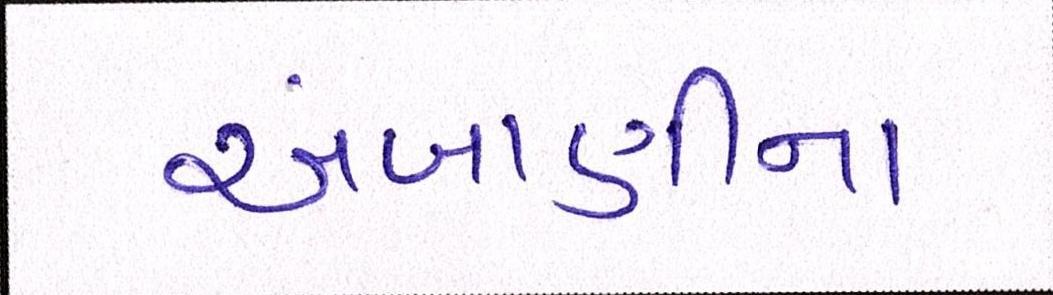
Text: અંબાણીના